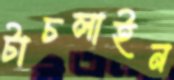
টাচলাইন